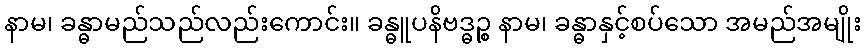
နာမ၊ ခန္ဓာမည်သည်လည်းကောင်း။ ခန္ဓူပနိဗဒ္ဓဉ္စ နာမ၊ ခန္ဓာနှင့်စပ်သော အမည်အမျိုး